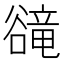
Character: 𧯇